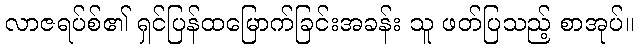
လာဇရပ်စ်၏ ရှင်ပြန်ထမြောက်ခြင်းအခန်း သူ ဖတ်ပြသည့် စာအုပ်။